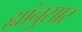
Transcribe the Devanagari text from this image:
ह्यांनुसार